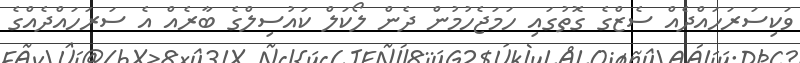
ވަކިސަރަހައްދެއް ސެޒްގެ ގޮތުގައި ހަމަޖެހުމުން ދެން ލޯކަލް ކައުސިލްގެ ބާރެއް އެ ސަރަހައްދެއްގެ